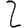
Digit: 2